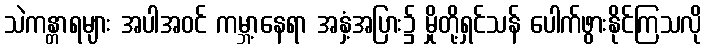
သဲကန္တာရများ အပါအဝင် ကမ္ဘာ့နေရာ အနှံ့အပြား၌ မှိုတို့ရှင်သန် ပေါက်ဖွားနိုင်ကြသလို